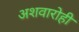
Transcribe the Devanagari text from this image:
अशवारोही